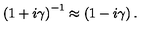
\left( 1 + i \gamma \right) ^ { - 1 } \approx \left( 1 - i \gamma \right) .